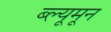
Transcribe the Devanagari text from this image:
ब्ल्यूमून